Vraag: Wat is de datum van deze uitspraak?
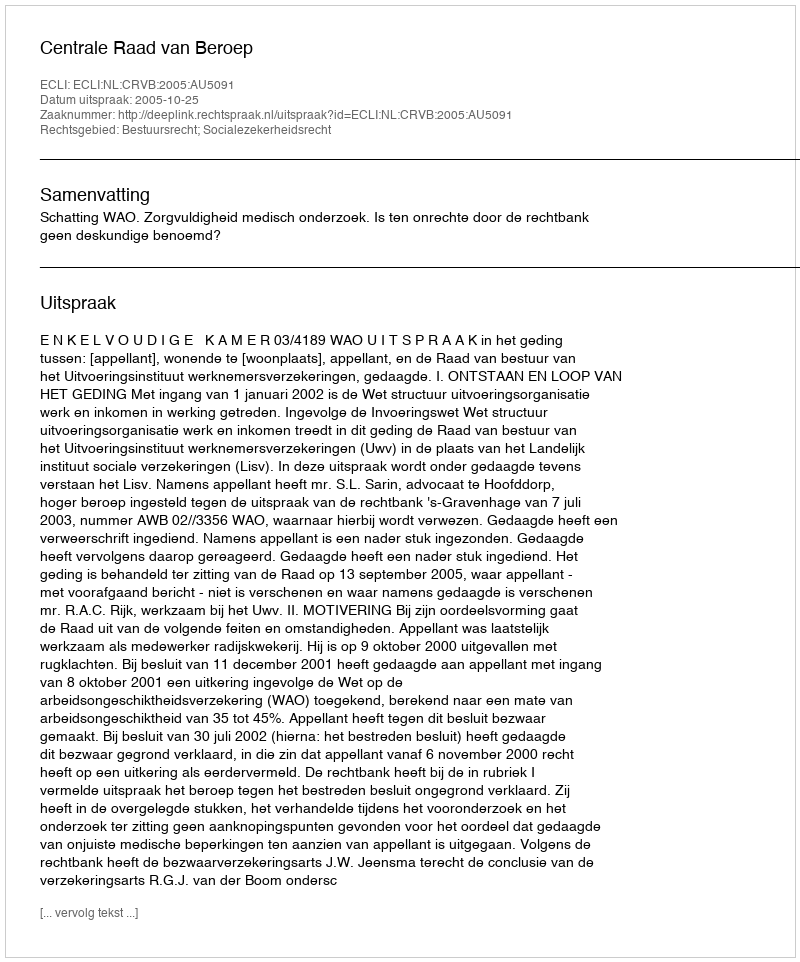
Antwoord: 2005-10-25